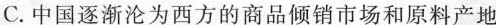
C.中国逐渐沦为西方的商品倾销市场和原料产地